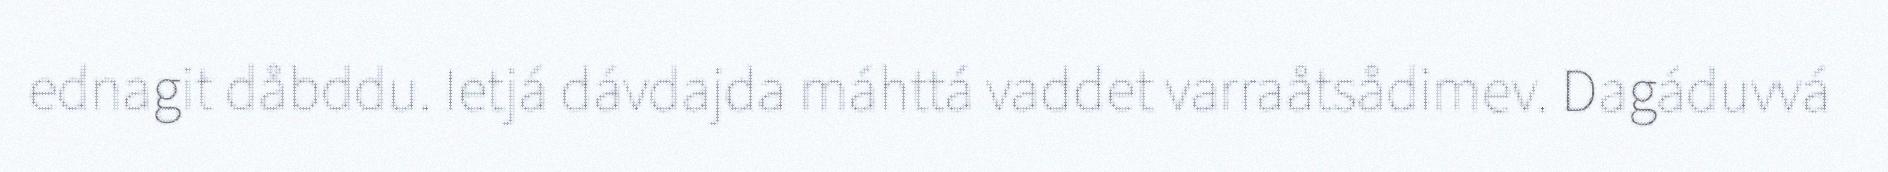
ednagit dåbddu. Ietjá dávdajda máhttá vaddet varraåtsådimev. Dagáduvvá